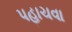
પહાચવા